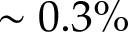
\sim 0 . 3 \%